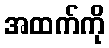
အထက်ကို